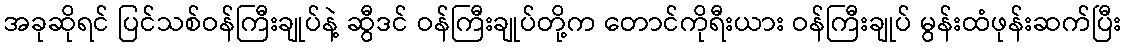
အခုဆိုရင် ပြင်သစ်ဝန်ကြီးချုပ်နဲ့ ဆွီဒင် ဝန်ကြီးချုပ်တို့က တောင်ကိုရီးယား ဝန်ကြီးချုပ် မွန်းထံဖုန်းဆက်ပြီး